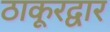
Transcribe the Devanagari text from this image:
ठाकूरद्वार